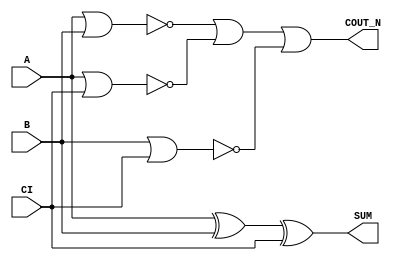
module sky130_fd_sc_ms__fahcon_5 (
    COUT_N,
    SUM   ,
    A     ,
    B     ,
    CI
);
    output COUT_N;
    output SUM   ;
    input  A     ;
    input  B     ;
    input  CI    ;
    wire xor0_out_SUM ;
    wire a_b          ;
    wire a_ci         ;
    wire b_ci         ;
    wire or0_out_coutn;
    xor xor0 (xor0_out_SUM , A, B, CI       );
    buf buf0 (SUM          , xor0_out_SUM   );
    nor nor0 (a_b          , A, B           );
    nor nor1 (a_ci         , A, CI          );
    nor nor2 (b_ci         , B, CI          );
    or  or0  (or0_out_coutn, a_b, a_ci, b_ci);
    buf buf1 (COUT_N       , or0_out_coutn  );
endmodule